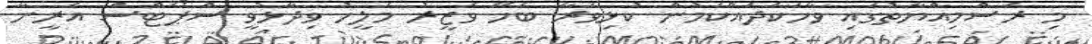
މި ރަސްމިއްޔާތުގައި ވާހަކަދައްކަމުން ކުޅިވަރާ ބެހޭ ވަޒީރު މަލީހު ވިދާޅުވީ ސްޕޯޓްސް އެރީނާ